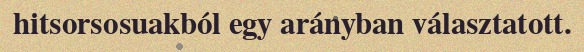
hitsorsosuakból egy arányban választatott.